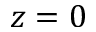
z = 0